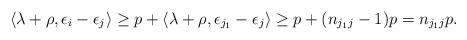
LaTeX: \begin{align*}\langle \lambda + \rho, \epsilon_{i}-\epsilon_{j}\rangle &\geq p + \langle \lambda + \rho, \epsilon_{j_1}-\epsilon_{j}\rangle\geq p + (n_{j_1j}-1)p = n_{j_1j}p.\end{align*}